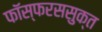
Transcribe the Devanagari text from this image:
फॉस्फरससुक्त